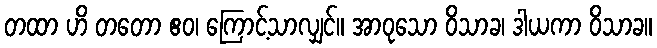
တထာ ဟိ တတော ဧဝ၊ ကြောင့်သာလျှင်။ အာဝုသော ဝိသာခ၊ ဒါယကာ ဝိသာခ။